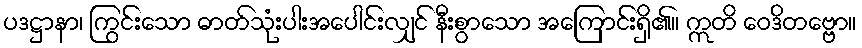
ပဒဋ္ဌာနာ၊ ကြွင်းသော ဓာတ်သုံးပါးအပေါင်းလျှင် နီးစွာသော အကြောင်းရှိ၏။ ဣတိ ဝေဒိတဗ္ဗော။